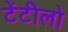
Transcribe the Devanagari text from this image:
टेंटीलो